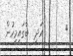
٦       އަދި  ބާގައިމީހުން